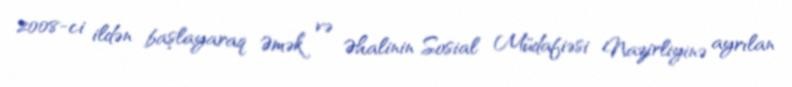
2008-ci ildən başlayaraq Əmək və Əhalinin Sosial Müdafiəsi Nazirliyinə ayrılan